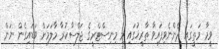
ވީމާ މަތީގައި ދެންނެވިފައިވާ ތާރީޚުގައި މި މިނިސްޓްރީގެ ޖަލްސާކުރާ މާލަމަށް ވަޑައިގެން ނަން